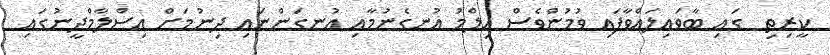
ކީރިތި  ގައި ބާވައިލައްވާފައި ވުމުންވެސް ޢިލްމު އުނގެނުމާއި އުނގަންނައި ދިނުމަށް އިސްލާމްދީނުގައި